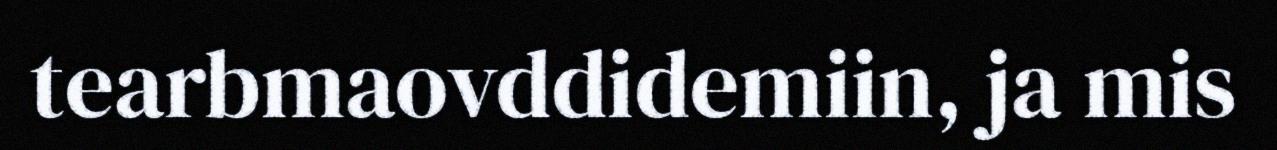
tearbmaovddidemiin, ja mis